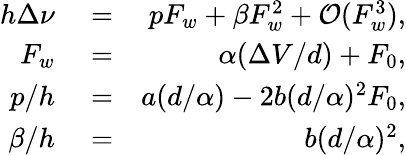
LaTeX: \begin{array}{rlr}{h\Delta\nu}&{{}=}&{pF_{w}+\beta F_{w}^{2}+\mathcal{O}(F_{w}^{3}),}\\ {F_{w}}&{{}=}&{\alpha(\Delta V/d)+F_{0},}\\ {p/h}&{{}=}&{a(d/\alpha)-2b(d/\alpha)^{2}F_{0},}\\ {\beta/h}&{{}=}&{b(d/\alpha)^{2},}\end{array}